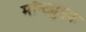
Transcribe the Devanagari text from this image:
मॉन्ट्युइक